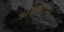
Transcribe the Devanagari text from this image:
इलेकट्रिकल